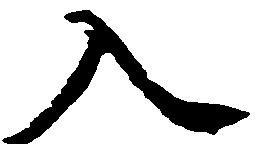
入